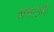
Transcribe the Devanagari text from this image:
अमाउरी